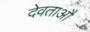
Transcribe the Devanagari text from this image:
देवताऔं